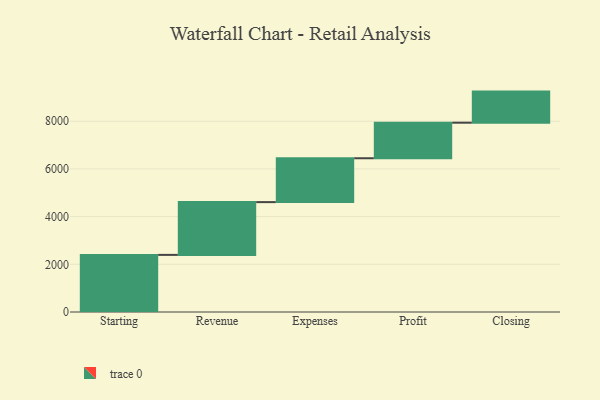
{"axis": {"x": "Step", "y": "Value"}, "legend": [""], "data": [{"x": "Starting", "y": 2395.0, "type": ""}, {"x": "Revenue", "y": 2213.0, "type": ""}, {"x": "Expenses", "y": 1840.0, "type": ""}, {"x": "Profit", "y": 1491.0, "type": ""}, {"x": "Closing", "y": 1304.0, "type": ""}]}